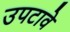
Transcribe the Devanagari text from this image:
उपटावे